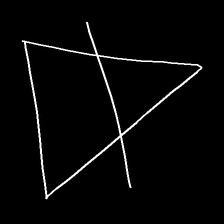
Glyph: empower